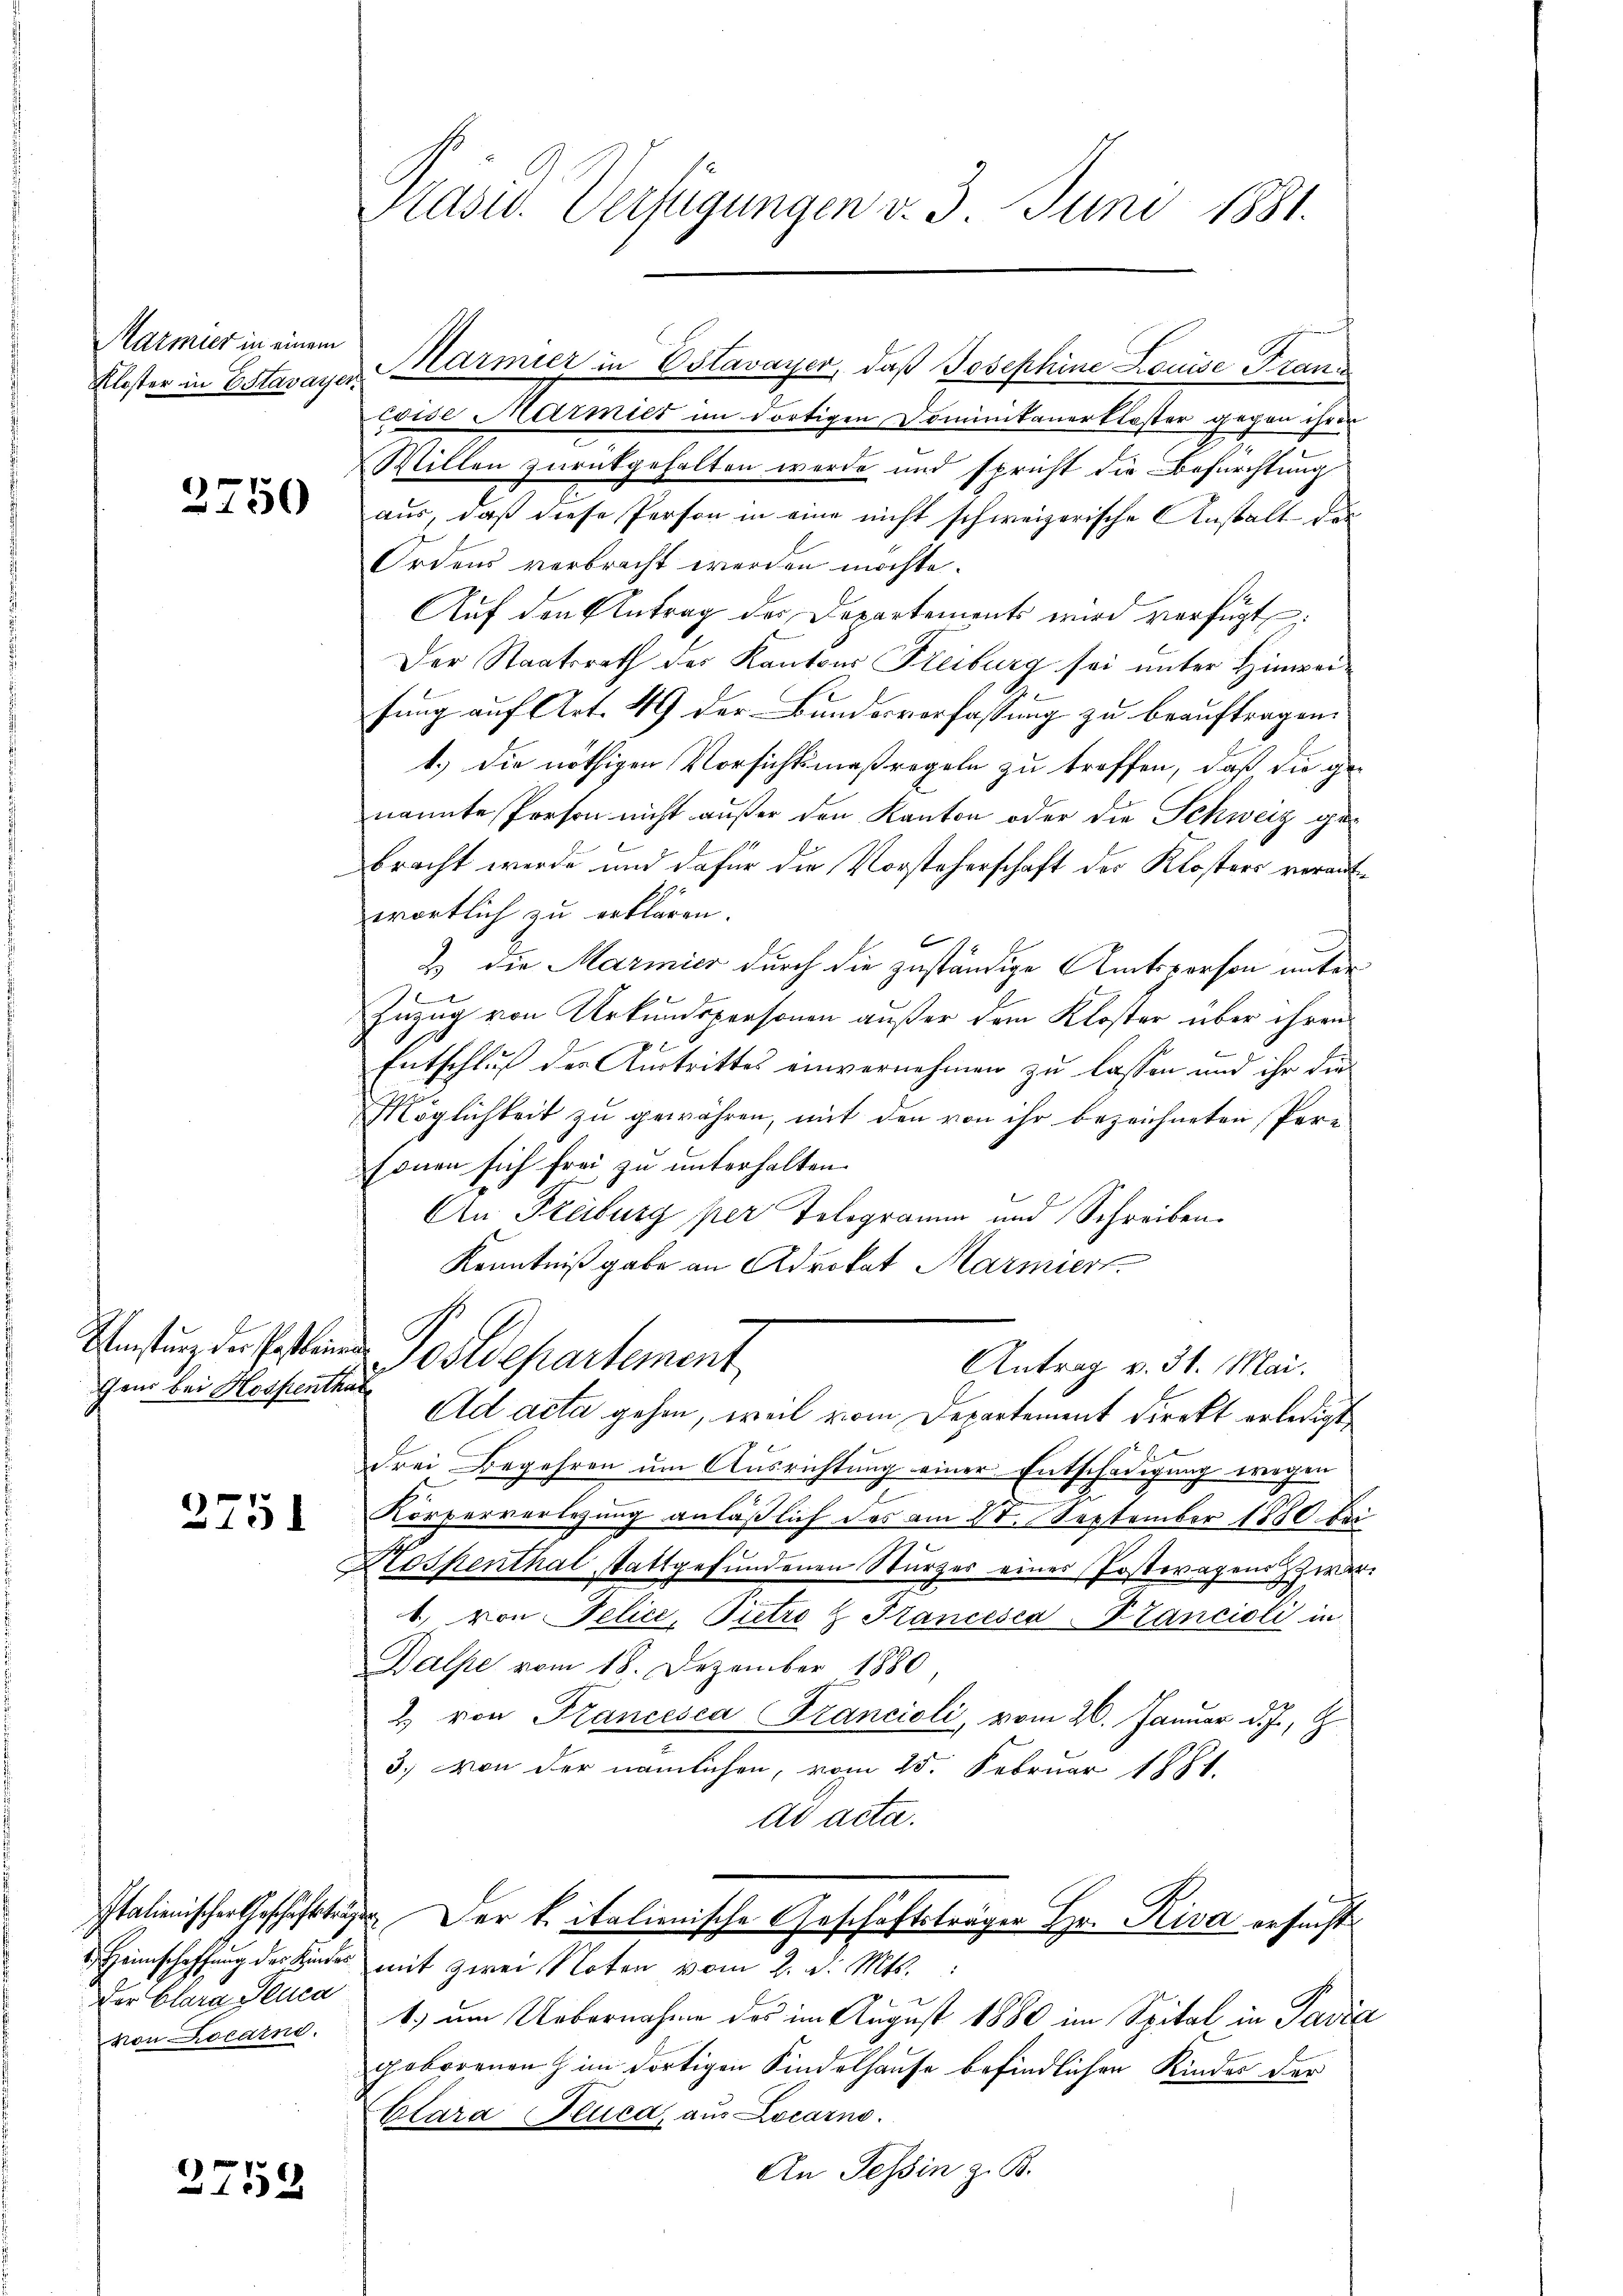
Marmier in einem
Kloster in Estavayer.

3750

Gens bei Hospenthale

2751

Der Clara Pluca
von Locarno.

2752

Präsid. Verfügungen v. 3. Juni 1881.

coise Marmies im dortigen Dominikanerkloster gegen ihrer
Willen zurückgehalten werde und spricht die Befürchtung
aus, daß diese Person in eine nicht schweizerische Anstalt des
Ordens verbracht werden möchte.
Auf den Antrag der Departements wird verfügt:
Der Staatsrath der Kantons Freiburg sei unter Hinwei¬
.
fung auf Art. 49 der Bundesverfassung zu beauftragen.
1.) Die nöthigen Vorsichtsmaßregeln zu treffen, daß die ge-
nannte Person nicht außer den Kanton oder die Schweiz gebracht werde und dafür die Vorsteherschaft der Klosters veraufwortlich zu erklären.
1
2 die Marmier durch die zuständige Amtsperson unter
Zuzug von Urkundspersonen außer dem Kloster über ihren
Entschluß der Austrittes einvernehmen zu lassen und ihr die
Möglichkeit zu gewähren, mit den von ihr bezeichneten Per-
sonen sich frei zu unterhalten.
An Freiburg per Tologramm und Schreiben.
Kenntniß gabe an Advokat Marmiert
Unstung der Posten Postdepartement,

Marmier in Estavayer, daß Josephine Louise Franz

Antrag v. 31. Mai.

Ad acta gehen, weil vom Departement Direkt erledigt
drei Begehren um Ausrichtung einer Entschädigung wegen
Körperverlegung anläßlich des am 28. September 1880 bei
Kospenthal stattgefundenen Stürzer einer Postwagens zwar
1. von Pelice, Pietro z. Stancesca-Brancioli in
Dalpe vom 18. Dezember 1880,
2. von Francesca Francioli, vom 20. Januar d. J.,
3.) Von der nämlichen, vom 25. Februar 1881.
ad acta.
Italienischer Geschaft. Der k. italienische Geschäftsträger Hr. Riva ersucht
. Heimschaffung des Kindes mit zwei Noten vom 2. d. Mts.
1.) um Uebernahme des im August 1880 im Spital in Pavia
geborenen im dortigen Kindelhause befindlichen Kindes der
Clara Pluca, aus Locarno.
An Tessin z. B.